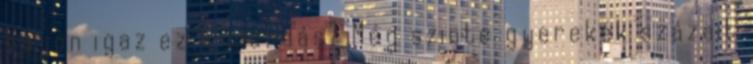
Vajon igaz ez a mondás? Még szinte gyerekek százait